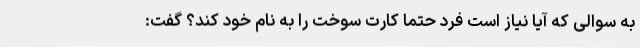
به سوالی که آیا نیاز است فرد حتما کارت سوخت را به نام خود کند؟ گفت: